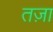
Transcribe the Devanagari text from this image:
तज़ा